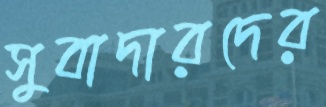
সুবাদারদের